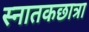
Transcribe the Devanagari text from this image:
स्नातकछात्रा